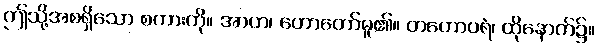
ဤသို့အစရှိသော စကားကို။ အာဟ၊ ဟောတော်မူ၏။ တတောပရံ၊ ထိုနောက်၌။